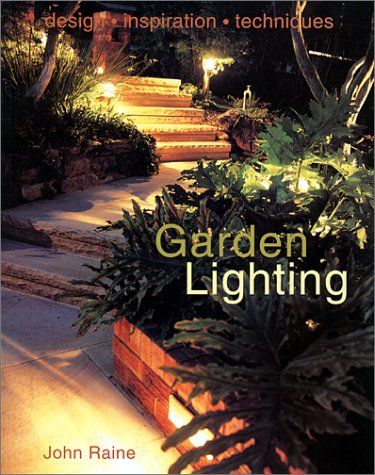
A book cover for Garden Lighting; John Raine; Crafts, Hobbies & Home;